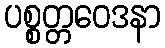
ပစ္စတ္တဝေဒနာ